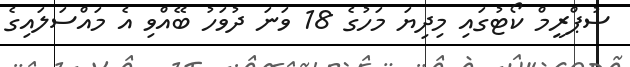
ސުޕްރީމް ކޯޓުގައި މިދިޔަ މަހުގެ 18 ވަނަ ދުވަހު ބޭއްވި އެ މައްސަލައިގެ